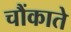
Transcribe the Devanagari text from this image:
चौंकाते